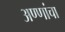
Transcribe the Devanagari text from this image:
अण्णांचा